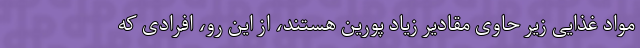
مواد غذایی زیر حاوی مقادیر زیاد پورین هستند، از این رو، افرادی که